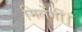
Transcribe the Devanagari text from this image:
मिलेंगीं।